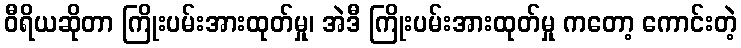
ဝီရိယဆိုတာ ကြိုးပမ်းအားထုတ်မှု၊ အဲဒီ ကြိုးပမ်းအားထုတ်မှု ကတော့ ကောင်းတဲ့